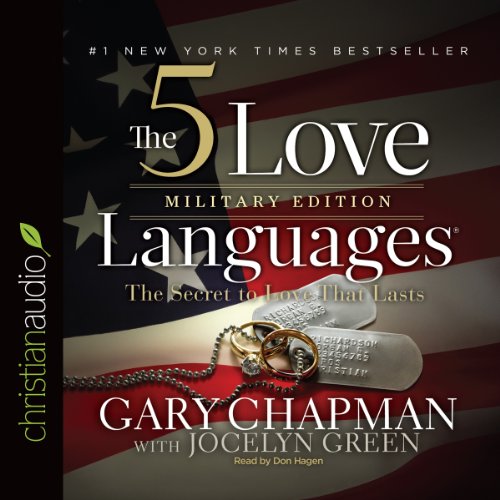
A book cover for The 5 Love Languages Military Edition: The Secret to Love That Lasts; Gary D. Chapman; Parenting & Relationships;